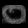
Digit: ၀